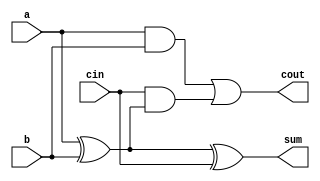
`timescale 1ns / 1ps
//////////////////////////////////////////////////////////////////////////////////
// Company: 
// Engineer: 
// 
// Design Name: 
// Module Name: 16_bit_ALU
// Project Name: 
// Target Devices: 
// Tool Versions: 
// Description: 
// 
// Dependencies: 
// 
// Revision:
// Revision 0.01 - File Created
// Additional Comments:
// 
//////////////////////////////////////////////////////////////////////////////////

//Module that adds two one-bits, along with cin (carry in), outputting cout (carry out) and sum (value of (cin+a+b)%2)
module addbit(
    input cin,
    input a,
    input b,
    output cout,
    output sum
    );
    //Sum logic
    wire a_xor_b;
    xor(a_xor_b, a, b);
    xor(sum, a_xor_b, cin);
    //Carry out logic
    wire a_and_b;
    and(a_and_b, a, b);
    wire and_xor;
    and(and_xor, cin, a_xor_b);
    or(cout, a_and_b, and_xor);
    
    
endmodule